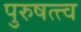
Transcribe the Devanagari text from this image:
पुरुषत्त्व